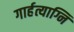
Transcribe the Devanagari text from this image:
गार्हत्याग्नि